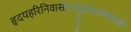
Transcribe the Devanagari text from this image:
हृदयहरिनिवासोऽप्युत्तरारण्यवासः